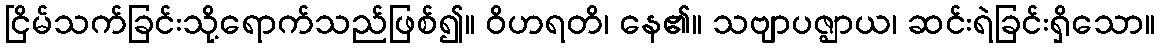
ငြိမ်သက်ခြင်းသို့ရောက်သည်ဖြစ်၍။ ဝိဟရတိ၊ နေ၏။ သဗျာပဇ္ဈာယ၊ ဆင်းရဲခြင်းရှိသော။